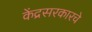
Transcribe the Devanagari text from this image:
केंद्रसरकारचे